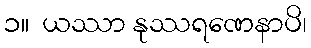
၁။  ယဿာ နုဿရဏေနာပိ၊